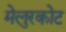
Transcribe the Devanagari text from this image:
मेलुरकोट